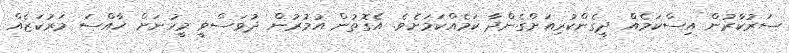
ސަރުކާރުން އިސްކަމެއް ދީގެންކުރިއަށްގެންދާ ކަމެއްކަމަށެވެ. އެގޮތުން އުމުރުން ދުވަސްވީ މީހުނަށް ޚާއްސަ މަރުކަޒެއް